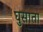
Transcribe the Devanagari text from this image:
घुसाता